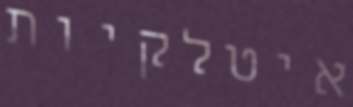
איטלקיות